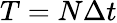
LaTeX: T=N\Delta t